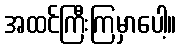
အထင်ကြီးကြမှာပေါ့။